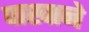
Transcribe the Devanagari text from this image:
पाखाने